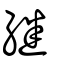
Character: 繼